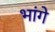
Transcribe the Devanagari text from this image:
भांगे